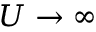
U \rightarrow \infty